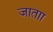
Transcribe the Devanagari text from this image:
जाताा